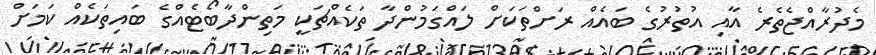
މެދުރާއްޖެތެރެ އާއި އުތުރުގެ ބައެއް ރަށްތަކަށް ލައްގަމުންދާ ތަކެއްޗަކީ މަތިންދާބޯޓެއްގެ ބައިތަކެއް ކަމަށް